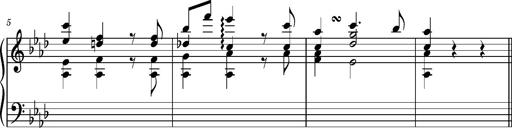
Title: Album-Leaf, S.163r
Composer: Franz Liszt
Key: A-flat major